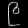
Digit: ၉